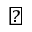
\blacktriangleright